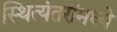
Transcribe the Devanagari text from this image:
स्थित्यंतरांमध्ये